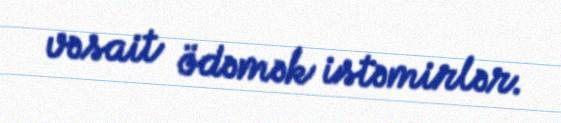
vəsait ödəmək istəmirlər.